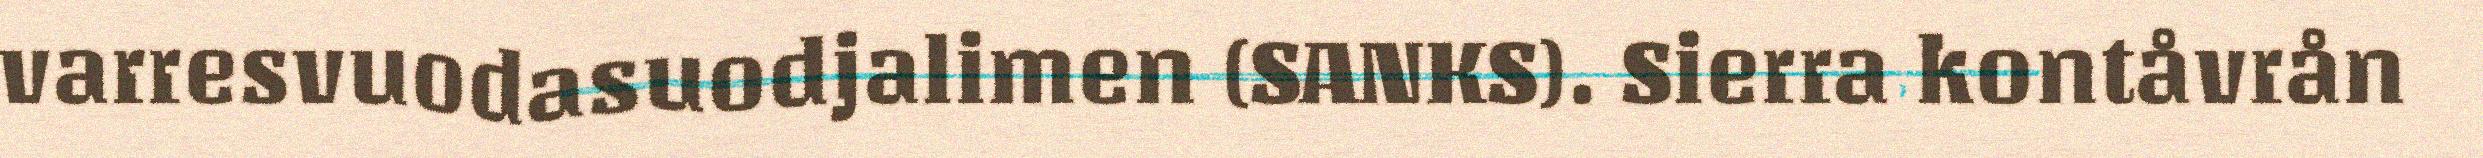
varresvuodasuodjalimen (SANKS). Sierra kontåvrån